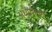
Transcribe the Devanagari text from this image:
अर्धप्रमाण